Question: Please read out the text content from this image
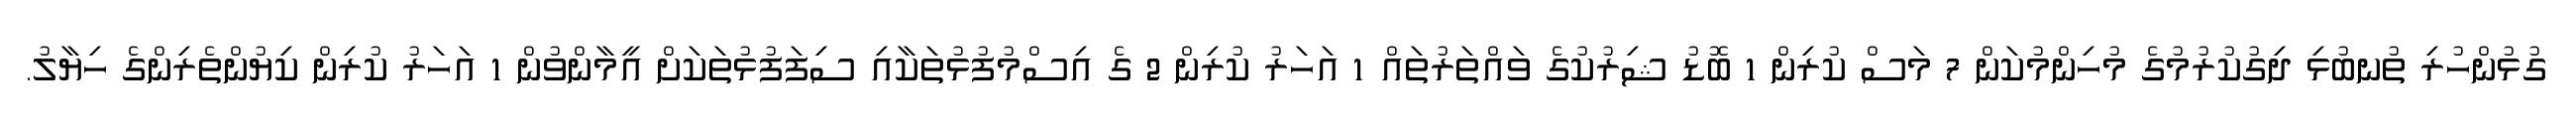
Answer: ގުޅުންހުރި ތުނބުޅި ދިގުކުރުމުގެ މުހިންމުކަން 7 މަސް ކުރިން 1 ބޮޑު ޝިރުކުގެ ވައްތަރުތައް 1 އަހަރު ކުރިން 2 ގެ އިސްމުފުޅުތަކާއި ސިފަފުޅުތަކަށް އީމާންވުން 1 އަހަރު ކުރިން ކިޔުންތެރިންގެ ހިޔާލު.